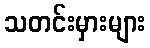
သတင်းမှားများ